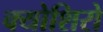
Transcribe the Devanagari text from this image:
क्योशिरो